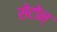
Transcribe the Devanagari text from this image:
सेटोन्